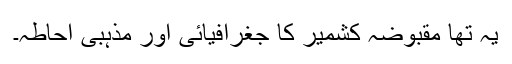
یہ تھا مقبوضہ کشمیر کا جغرافیائی اور مذہبی احاطہ۔